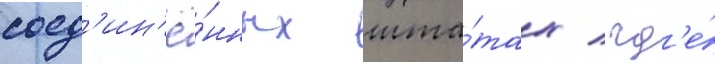
соед'ин'ё́нных шта́тах / гд'е́